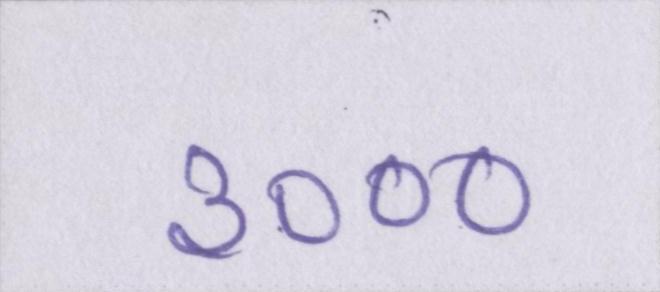
३०००